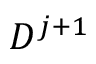
D ^ { j + 1 }